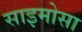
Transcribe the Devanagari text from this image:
साइमोसा